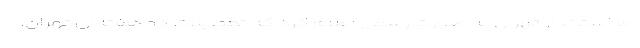
اما استاندار تهران به صورت رسمی اعلام کرد که تعطیلات دو هفته‌ای تهران،